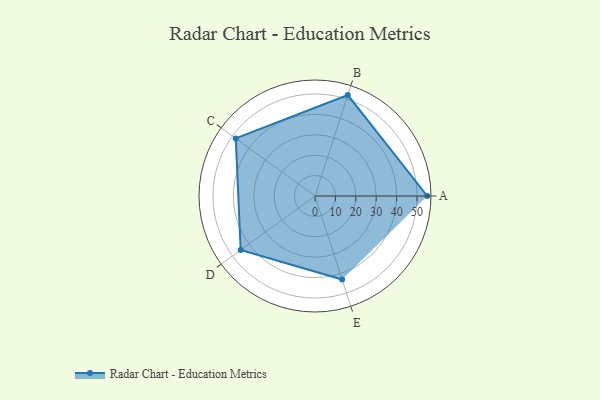
{"axis": {"x": "Skill", "y": "Score"}, "legend": ["Profile"], "data": [{"x": "A", "y": 55.0, "type": "Profile"}, {"x": "B", "y": 52.0, "type": "Profile"}, {"x": "C", "y": 48.0, "type": "Profile"}, {"x": "D", "y": 45.0, "type": "Profile"}, {"x": "E", "y": 43.0, "type": "Profile"}]}